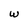
Character: w